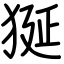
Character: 狿